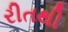
રીતથી